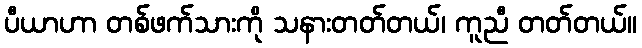
ပီယာဟာ တစ်ဖက်သားကို သနားတတ်တယ်၊ ကူညီ တတ်တယ်။